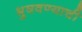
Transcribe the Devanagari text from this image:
भुषवण्याची